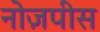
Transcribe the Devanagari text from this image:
नोज़पीस